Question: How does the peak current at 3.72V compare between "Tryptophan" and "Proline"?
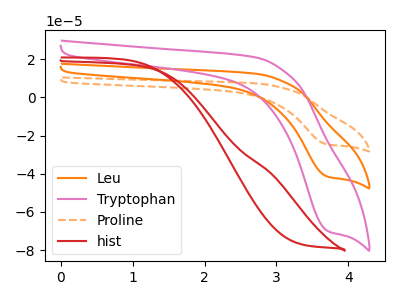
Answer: <think>The orange curve "Leu" has a cathodic peak at: (3.70V, -41.55uA). The pink curve "Tryptophan" has a cathodic peak at: (3.70V, -70.05uA). The orange dashed curve "Proline" has a cathodic peak at: (3.70V, -83.15uA). The red curve "hist" has no peaks.</think>
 <answer>The peak at 3.72V is lower in "Tryptophan" than in "Proline".</answer>
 <eval>lower</eval>